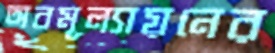
অবমূল্যায়নের